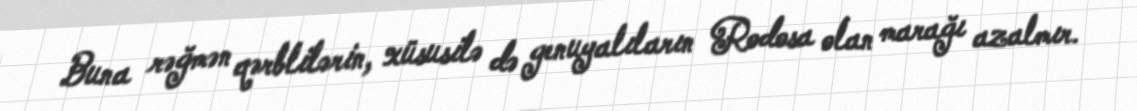
Buna rəğmən qərblilərin, xüsusilə də genuyalıların Rodosa olan marağı azalmır.